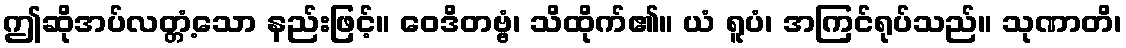
ဤဆိုအပ်လတ္တံ့သော နည်းဖြင့်။ ဝေဒိတဗ္ဗံ၊ သိထိုက်၏။ ယံ ရူပံ၊ အကြင်ရုပ်သည်။ သုဏာတိ၊